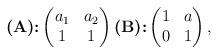
\begin{align*}\textbf{(A):}\begin{pmatrix}a_1 & a_2 \\1 & 1 \end{pmatrix}\textbf{(B):}\begin{pmatrix}1 & a \\0 & 1 \end{pmatrix},\end{align*}